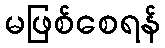
မဖြစ်စေရန်